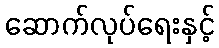
ဆောက်လုပ်ရေးနှင့်